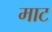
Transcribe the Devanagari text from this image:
माट